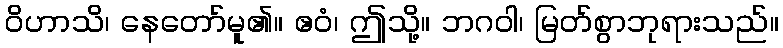
ဝိဟာသိ၊ နေတော်မူ၏။ ဧဝံ၊ ဤသို့။ ဘဂဝါ၊ မြတ်စွာဘုရားသည်။